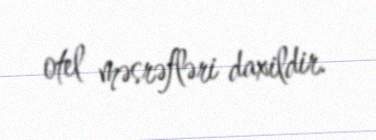
otel məsrəfləri daxildir.